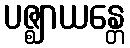
ပဇ္ဈာယန္တေ